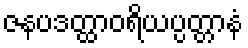
ဇနပဒတ္ထာဝရိယပ္ပတ္တာနံ